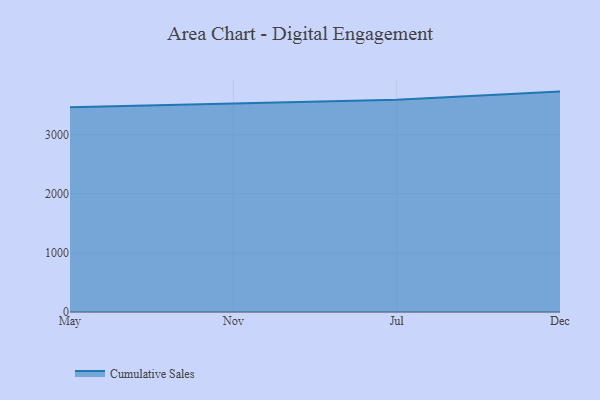
{"axis": {"x": "Month", "y": "Satisfaction Score"}, "legend": ["Cumulative Sales"], "data": [{"x": "May", "y": 3465.4, "type": "Cumulative Sales"}, {"x": "Nov", "y": 3534.8, "type": "Cumulative Sales"}, {"x": "Jul", "y": 3592.0, "type": "Cumulative Sales"}, {"x": "Dec", "y": 3729.0, "type": "Cumulative Sales"}]}